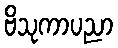
ဗိသုကာပညာ